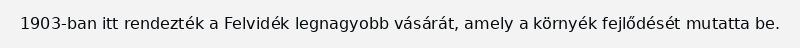
1903-ban itt rendezték a Felvidék legnagyobb vásárát, amely a környék fejlődését mutatta be.